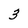
Character: 3